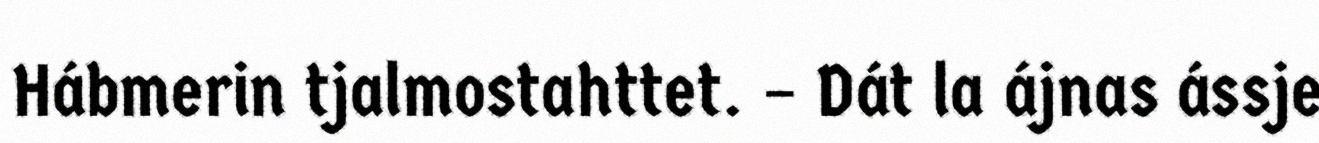
Hábmerin tjalmostahttet. – Dát la ájnas ássje